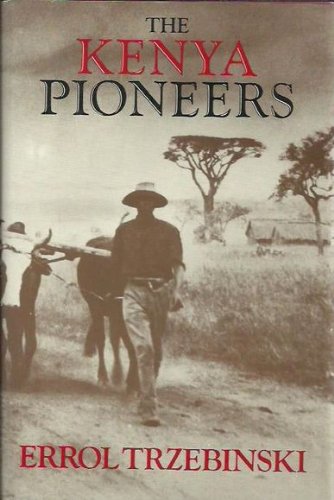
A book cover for The Kenya Pioneers; Errol Trzebinski; History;